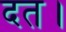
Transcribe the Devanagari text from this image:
दत।